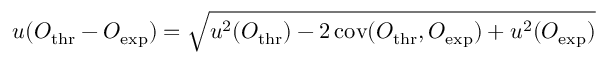
u ( O _ { \mathrm { t h r } } - O _ { \mathrm { e x p } } ) = \sqrt { u ^ { 2 } ( O _ { \mathrm { t h r } } ) - 2 \, \mathrm { c o v } ( O _ { \mathrm { t h r } } , O _ { \mathrm { e x p } } ) + u ^ { 2 } ( O _ { \mathrm { e x p } } ) }